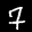
Label: 7